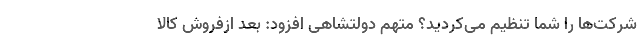
شرکت‌ها را شما تنظیم می‌کردید؟ متهم دولتشاهی افزود: بعد ازفروش کالا